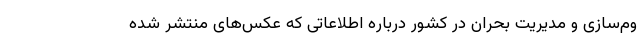
وم‌سازی‌ و مدیریت بحران در کشور درباره اطلاعاتی که عکس‌های منتشر شده